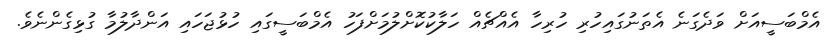
އެމްބަސީއަށް ވަދެގަނެ އެތަނުގައިހުރި ހުރިހާ އެއްޗެއް ހަލާކުކޮށްލުމަށްފަހު އެމްބަސީގައި ހުޅުޖަހައި އަންދާލުމާ ގުޅިގެންނެވެ.